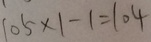
1 0 5 \times 1 - 1 = 1 0 4